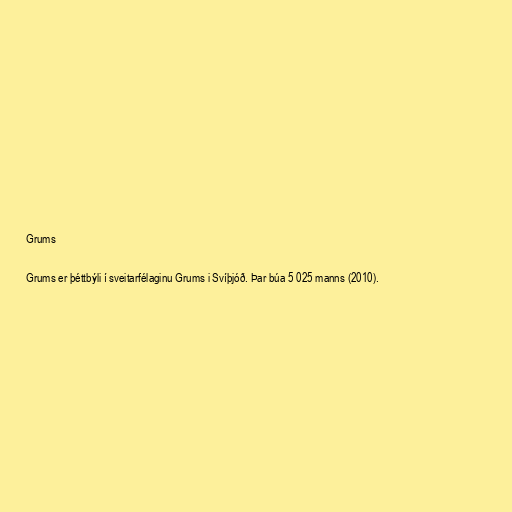
Grums

Grums er þéttbýli í sveitarfélaginu Grums i Svíþjóð. Þar búa 5 025 manns (2010).